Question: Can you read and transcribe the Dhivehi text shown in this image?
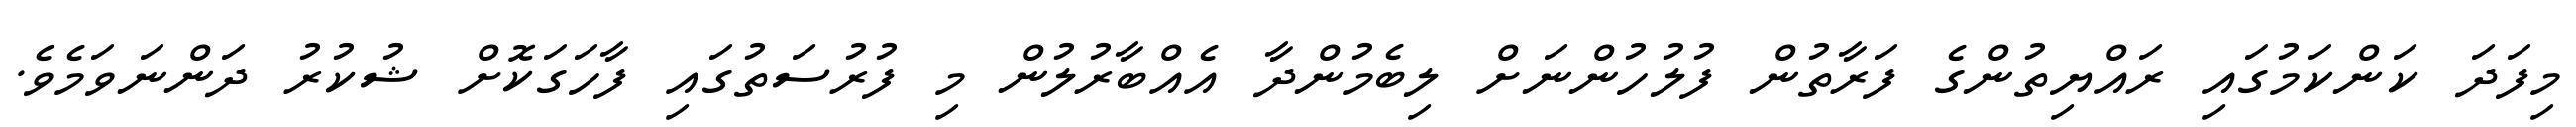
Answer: މިފަދަ ކަންކަމުގައި ރައްޔިތުންގެ ފަރާތުން ފުލުހުންނަށް ލިބެމުންދާ އެއްބާރުލުން މި ފުރުސަތުގައި ފާހަގަކޮށް ޝުކުރު ދަންނަވަމެވެ.